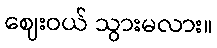
ဈေးဝယ် သွားမလား။